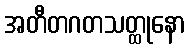
အတီတဂတသတ္ထုနော